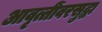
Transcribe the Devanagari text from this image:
आवृत्तींवरसुद्धा